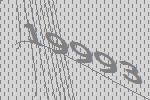
19993